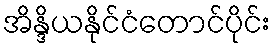
အိန္ဒိယနိုင်ငံတောင်ပိုင်း